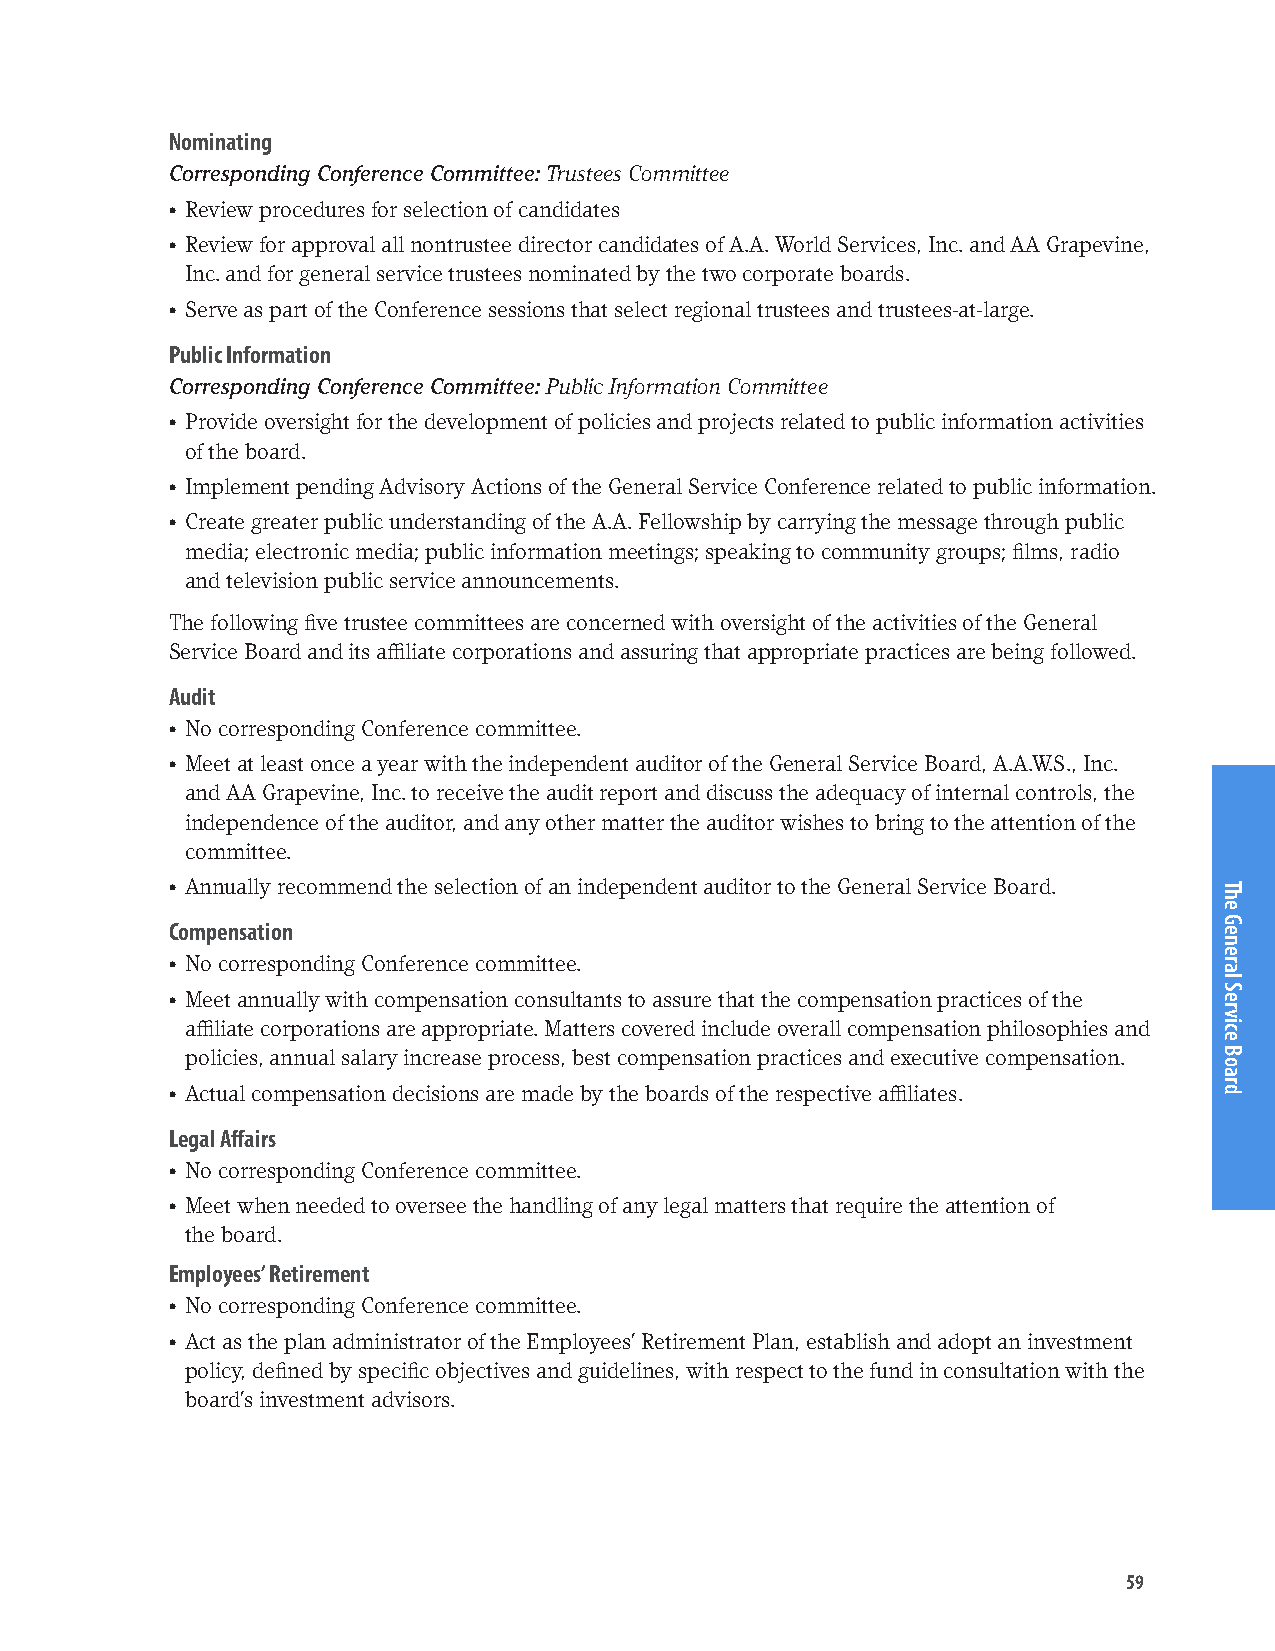
Nominating
 Corresponding Conference Committee: Trustees Committee
 • Review procedures for selection of candidates
 • Review for approval all nontrustee director candidates of A.A. World Services, Inc. and AA Grapevine,
 Inc. and for general service trustees nominated by the two corporate boards.
 • Serve as part of the Conference sessions that select regional trustees and trustees-at-large.
 Public Information
 Corresponding Conference Committee: Public Information Committee
 • Provide oversight for the development of policies and projects related to public information activities
 of the board.
 • Implement pending Advisory Actions of the General Service Conference related to public information.
 • Create greater public understanding of the A.A. Fellowship by carrying the message through public
 media; electronic media; public information meetings; speaking to community groups; films, radio
 and television public service announcements.
 The following five trustee committees are concerned with oversight of the activities of the General
 Service Board and its affiliate corporations and assuring that appropriate practices are being followed.
 Audit
 • No corresponding Conference committee.
 • Meet at least once a year with the independent auditor of the General Service Board, A.A.W.S., Inc.
 and AA Grapevine, Inc. to receive the audit report and discuss the adequacy of internal controls, the
 independence of the auditor, and any other matter the auditor wishes to bring to the attention of the
 committee.
 • Annually recommend the selection of an independent auditor to the General Service Board.
 Compensation
 • No corresponding Conference committee.
 • Meet annually with compensation consultants to assure that the compensation practices of the
 affiliate corporations are appropriate. Matters covered include overall compensation philosophies and
 policies, annual salary increase process, best compensation practices and executive compensation.
 • Actual compensation decisions are made by the boards of the respective affiliates.
 Legal Affairs
 • No corresponding Conference committee.
 • Meet when needed to oversee the handling of any legal matters that require the attention of
 the board.
 Employees’ Retirement
 • No corresponding Conference committee.
 • Act as the plan administrator of the Employees’ Retirement Plan, establish and adopt an investment
 policy, defined by specific objectives and guidelines, with respect to the fund in consultation with the
 board’s investment advisors.
 59
 The
 General
 Service
 Board